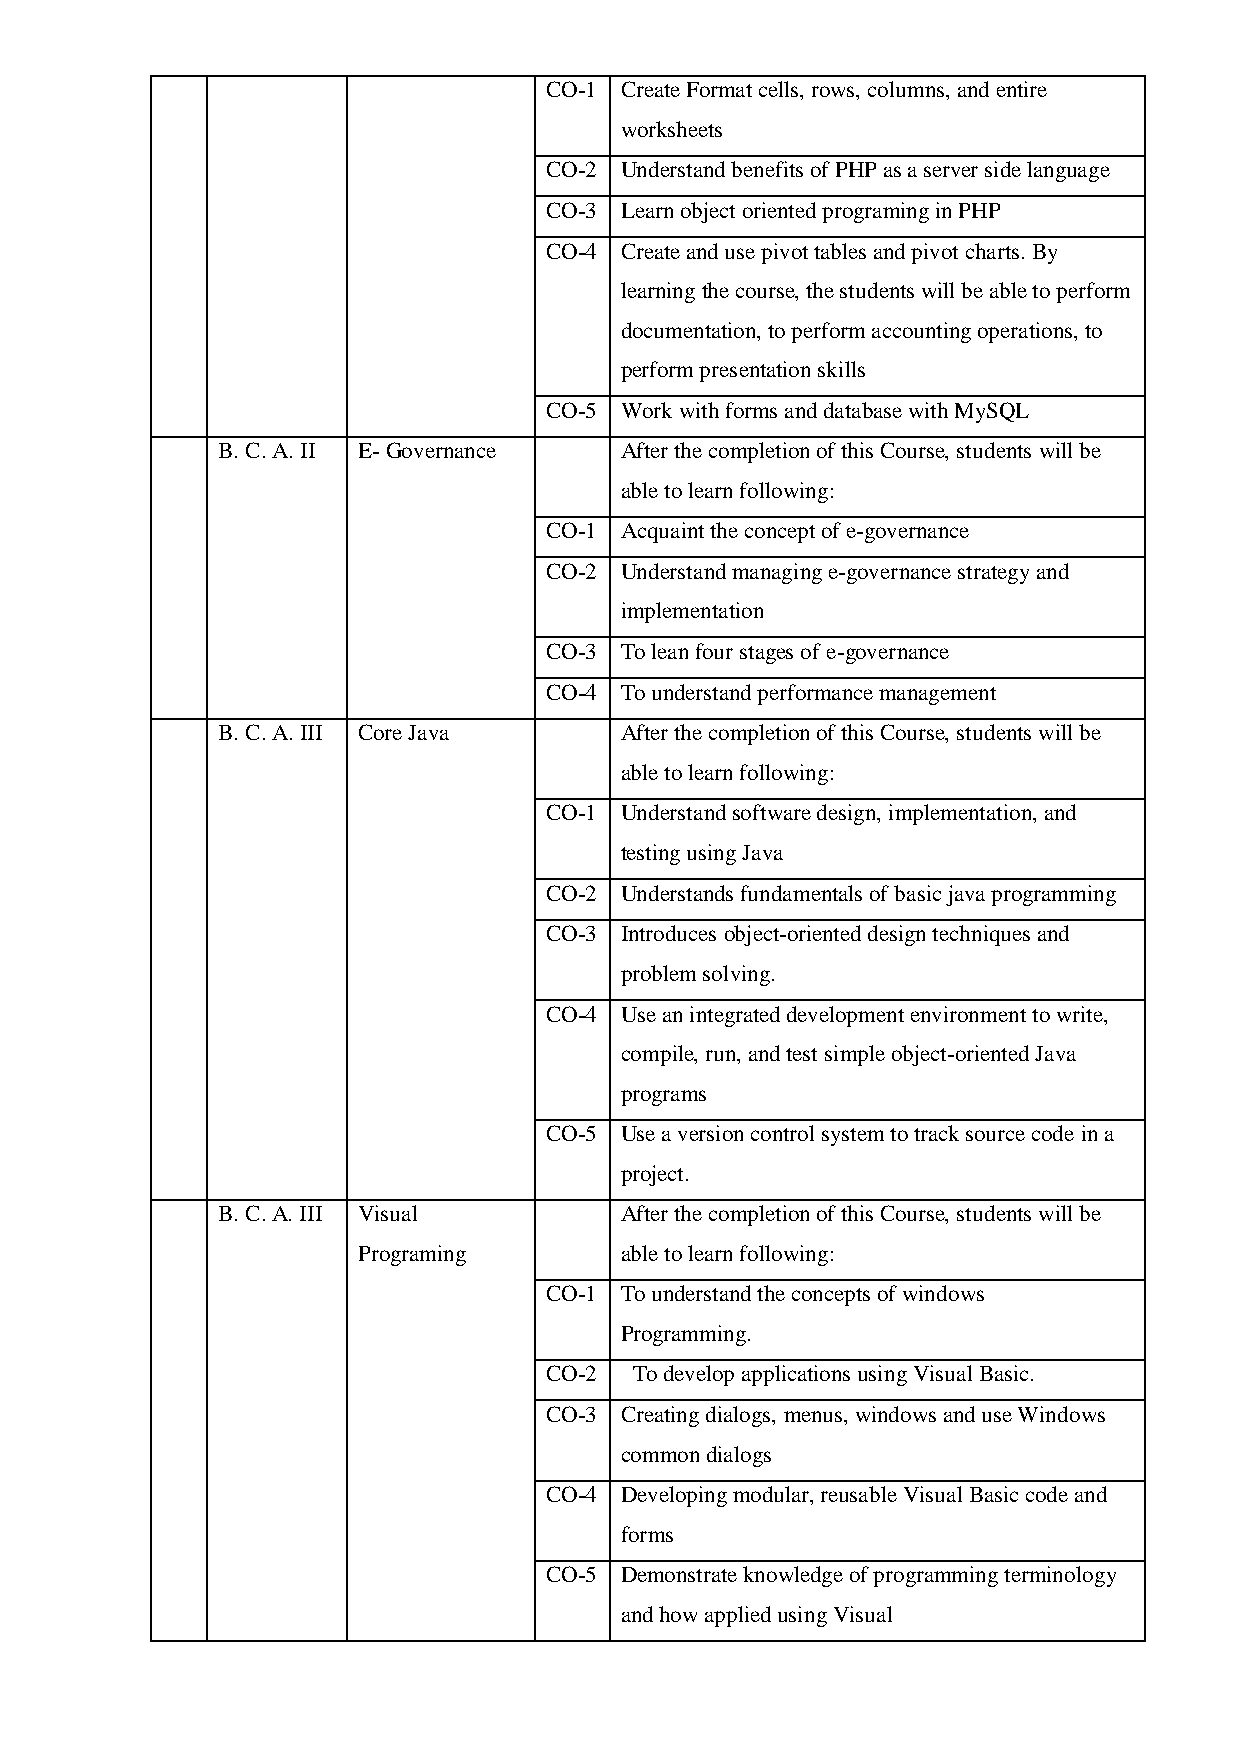
CO-1 Create Format cells, rows, columns, and entire
 worksheets
 CO-2 Understand benefits of PHP as a server side language
 CO-3 Learn object oriented programing in PHP
 CO-4 Create and use pivot tables and pivot charts. By
 learning the course, the students will be able to perform
 documentation, to perform accounting operations, to
 perform presentation skills
 CO-5 Work with forms and database with MySQL
 B. C. A. II E- Governance  After the completion of this Course, students will be
 able to learn following:
 CO-1 Acquaint the concept of e-governance
 CO-2 Understand managing e-governance strategy and
 implementation
 CO-3 To lean four stages of e-governance
 CO-4 To understand performance management
 B. C. A. III Core Java     After the completion of this Course, students will be
 able to learn following:
 CO-1 Understand software design, implementation, and
 testing using Java
 CO-2 Understands fundamentals of basic java programming
 CO-3 Introduces object-oriented design techniques and
 problem solving.
 CO-4 Use an integrated development environment to write,
 compile, run, and test simple object-oriented Java
 programs
 CO-5 Use a version control system to track source code in a
 project.
 B. C. A. III Visual        After the completion of this Course, students will be
 Programing       able to learn following:
 CO-1 To understand the concepts of windows
 Programming.
 CO-2  To develop applications using Visual Basic.
 CO-3 Creating dialogs, menus, windows and use Windows
 common dialogs
 CO-4 Developing modular, reusable Visual Basic code and
 forms
 CO-5 Demonstrate knowledge of programming terminology
 and how applied using Visual